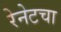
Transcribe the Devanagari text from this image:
रेनेटचा